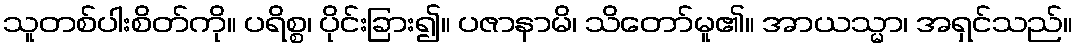
သူတစ်ပါးစိတ်ကို။ ပရိစ္စ၊ ပိုင်းခြား၍။ ပဇာနာမိ၊ သိတော်မူ၏။ အာယသ္မာ၊ အရှင်သည်။